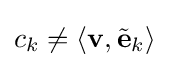
c_{k}\neq \langle \mathbf {v} ,{\tilde {\mathbf {e} }}_{k}\rangle